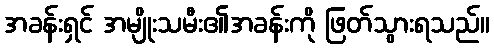
အခန်းရှင် အမျိုးသမီး၏အခန်းကို ဖြတ်သွားရသည်။